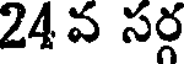
24వ సర్గ